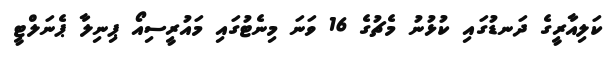
ކަލިއާރީގެ ދަނޑުގައި ކުޅުނު މެޗުގެ 16 ވަނަ މިނެޓުގައި މައުރީސިއޯ ޕިނިލާ ޕެނަލްޓީ